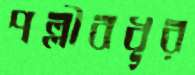
পল্লীবধূর